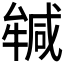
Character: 𭷲